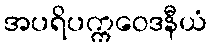
အပရိပက္ကဝေဒနီယံ